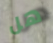
هل